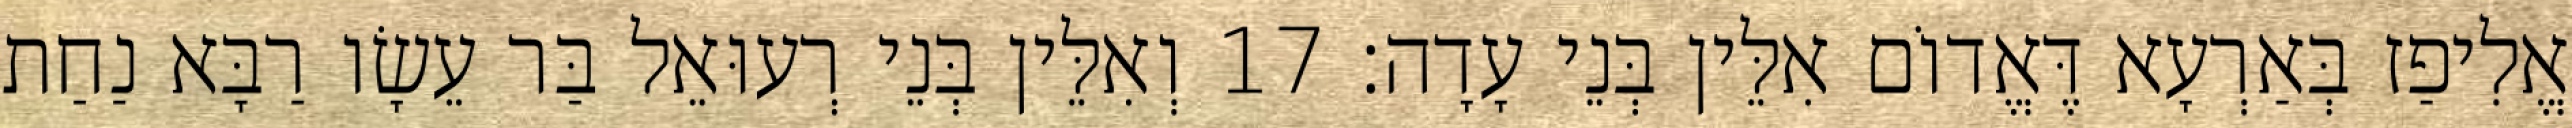
אֱלִיפַז בְּאַרְעָא דֶּאֱדוֹם אִלֵּין בְּנֵי עָדָה׃ 17 וְאִלֵּין בְּנֵי רְעוּאֵל בַּר עֵשָׂו רַבָּא נַחַת